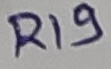
Text: R19